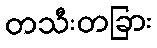
တသီးတခြား